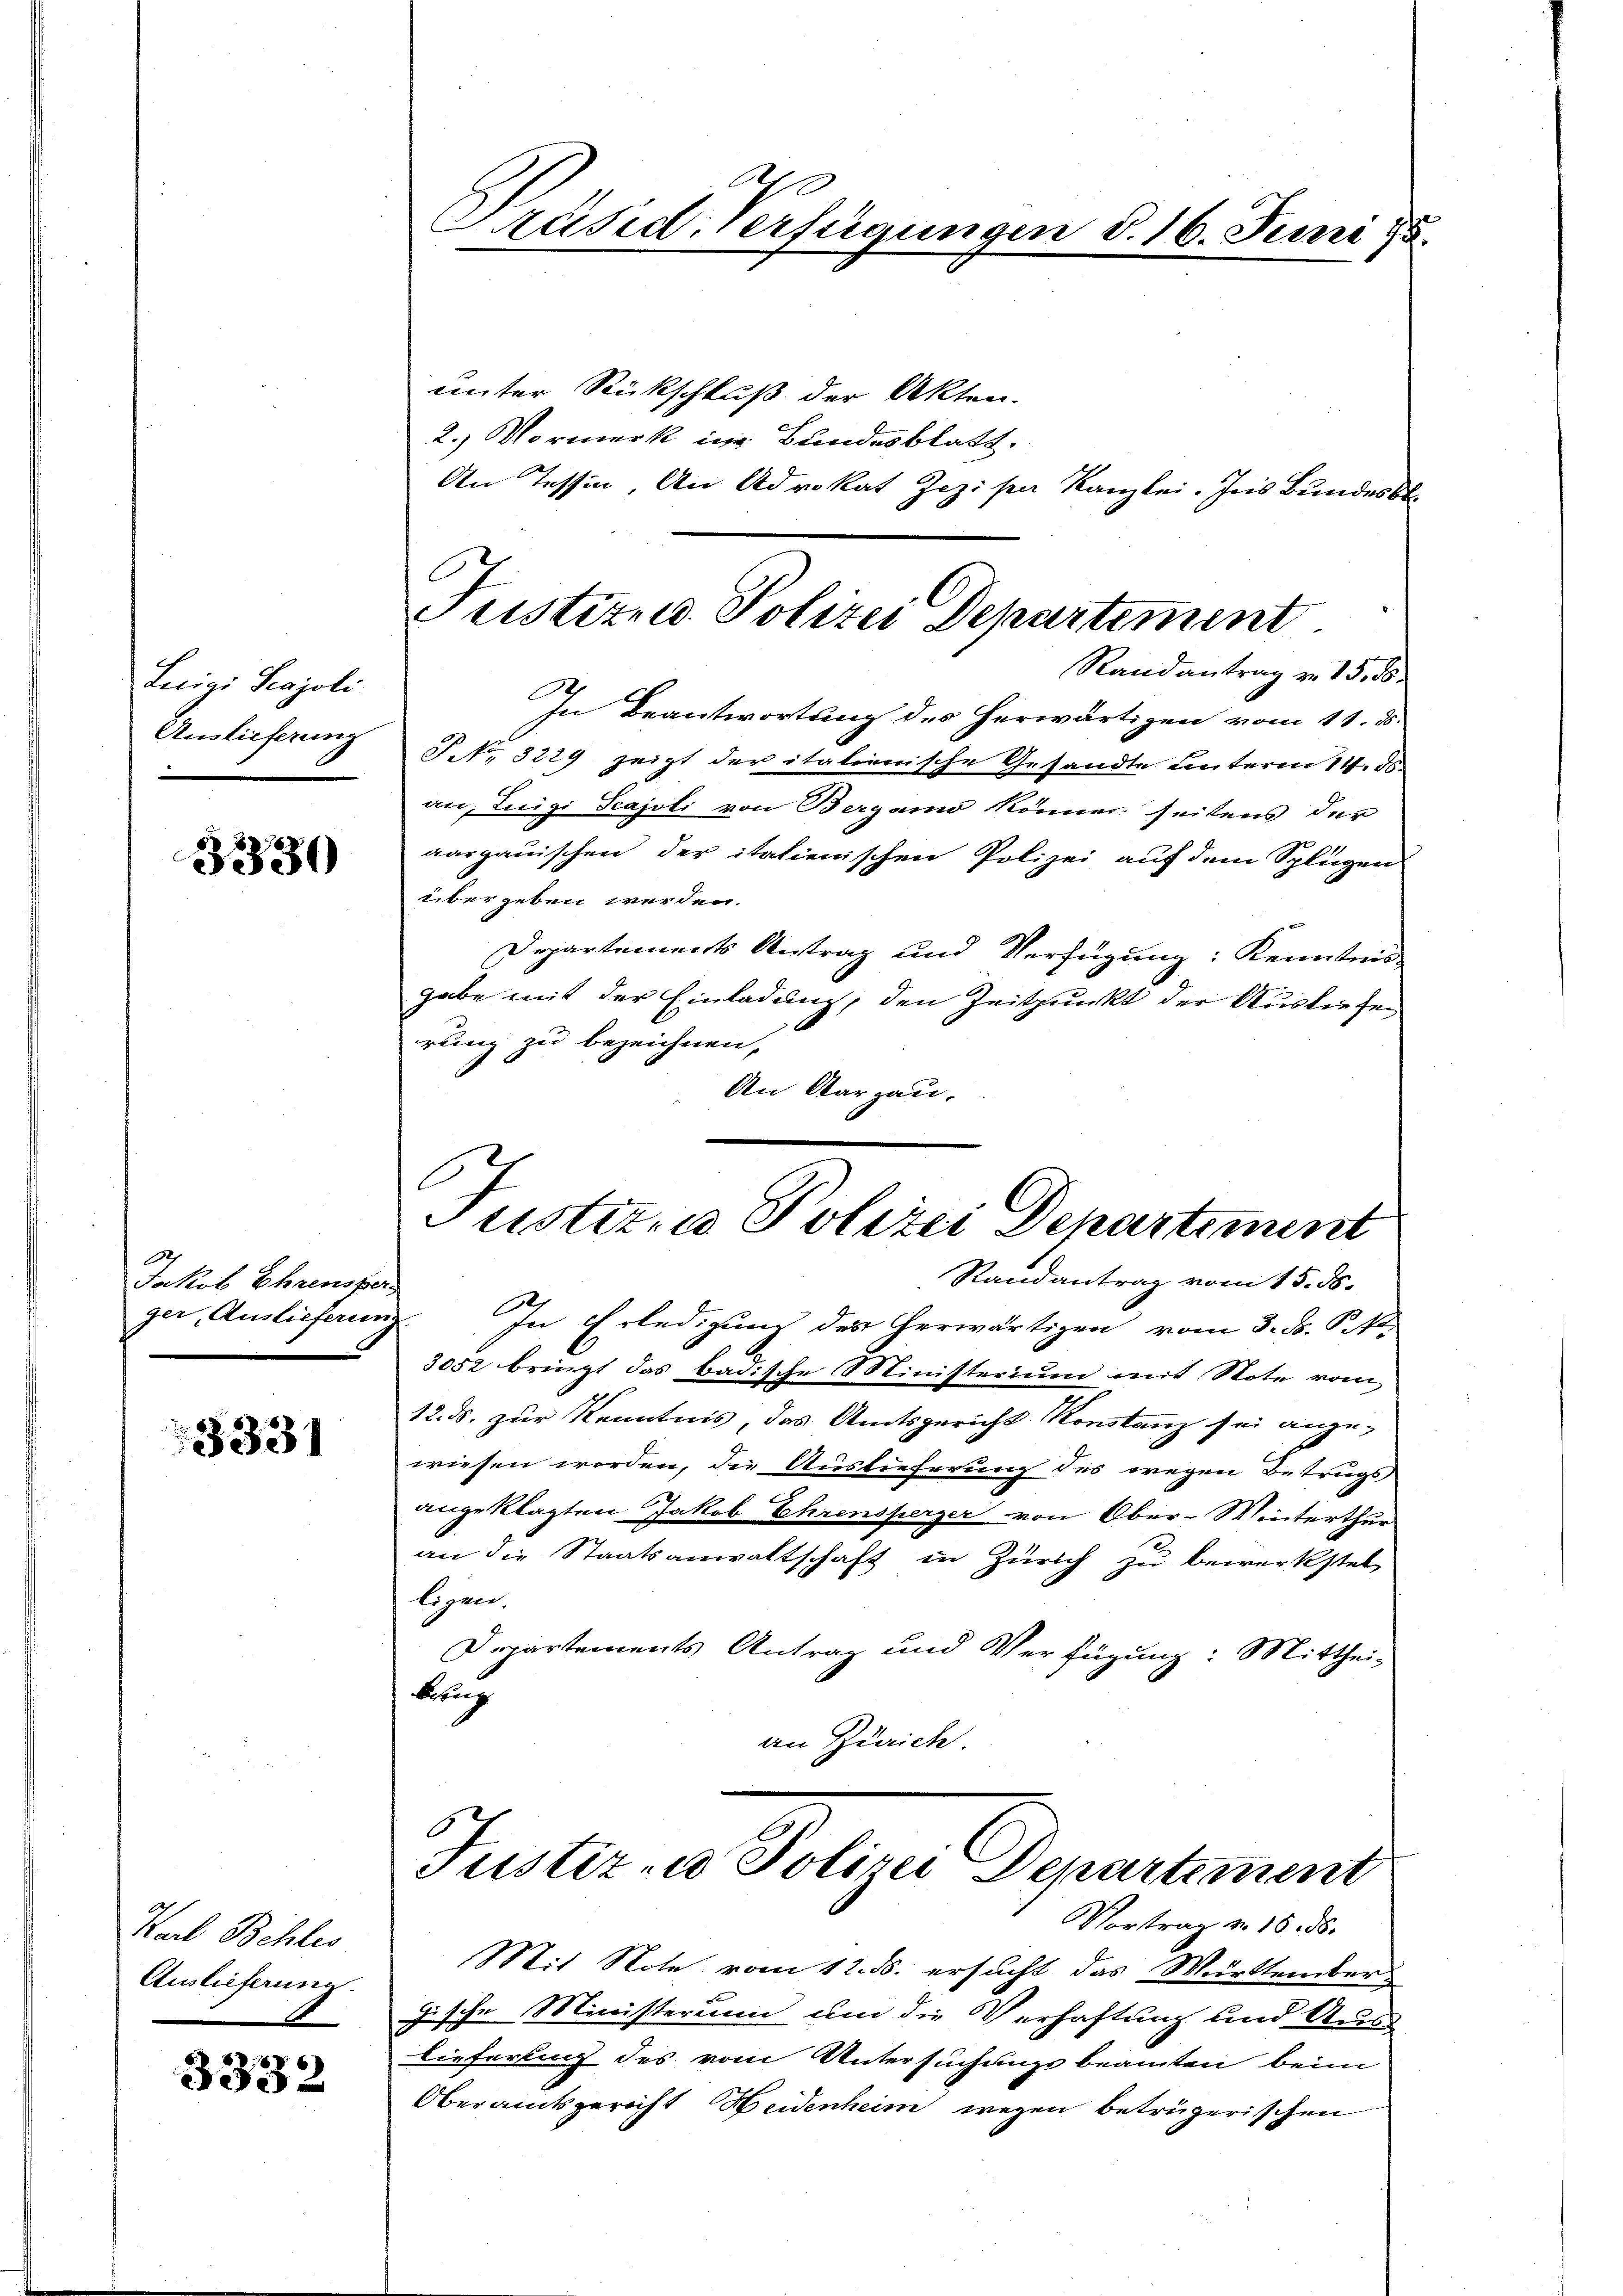
Luigi Scajoli
Auslieferung
.

3330

Jakob Ehrenste.
ger, Auslieferen

3331

Wal Behles
Auslieferung.

3332

Justizen Polizei Departement
Randantrag v. 15. d.

.
Präsid. Verfügungen d. 16. Juni 15.

unter Rückschluß der Akten.
2.) Vormerk in Bundesblatt.
An Tessin, An Advokat Zezi par Kanzlei. Ins Bundesbl.
In Beantwortung des herwärtigen vom 11. d.
P. Nr. 3229 zeigt der italienische Gesandte Leuteren 14. ds
an, Luigi Scajoli von Bergamo könner seitens der
aargauischen der italienischen Polizei auf dem Splügen
übergeben werden.
Departements Antrag und Verfügung: Kenntnis
gabe mit der Einladung, den Zeitpunkt der Ausliefen
rung zu bezeichnen,
An Aargau,
Justiz- & Polizei Departiment
Randantrag vom 15. ds.
c
 In Erledigung des herwärtigen vom 3. ds. P. Po
3052 bringt das badische Ministerium mit Note vom
12. ds. zur Kenntnis, das Amtsgericht Konstanz sei ange-
wiesen worden, die Auslieferung des wegen Betrugs
angeklagten Jakob Ehrensperger von Ober-Winterthur
an die Staatsanwaltschaft in Zürich zu bewerkstellogner.
Departements Antrag und Verfügung: Mitthei-
Auch
an Zürich.

Justiz- u Polizei Departement
Vortrag v. 18. d.

it Note vom 12. ds. ersucht das Murttember-
gische Ministerumm um die Verhaftung und Aus
lieferting des vom Untersuchungsbeamten beim
Oberamtsgericht Heidenheim wegen betrügerischen